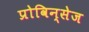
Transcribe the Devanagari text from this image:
प्रोविन्सेज